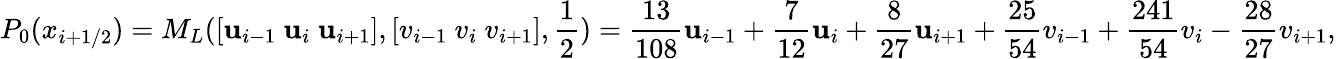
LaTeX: P_{0}(x_{i+1/2})=M_{L}([\mathbf{u}_{i-1}~\mathbf{u}_{i}~\mathbf{u}_{i+1}],[v_{i-1}~v_{i}~v_{i+1}],\frac{1}{2})=\frac{{13}}{{108}}\mathbf{u}_{i-1}+\frac{{7}}{{12}}\mathbf{u}_{i}+\frac{{8}}{{27}}\mathbf{u}_{i+1}+\frac{{25}}{{54}}v_{i-1}+\frac{{241}}{{54}}v_{i}-\frac{{28}}{{27}}v_{i+1},